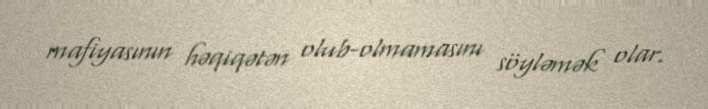
mafiyasının həqiqətən olub-olmamasını söyləmək olar.